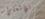
للإشمئزاز